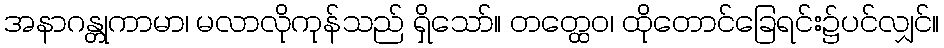
အနာဂန္တုကာမာ၊ မလာလိုကုန်သည် ရှိသော်။ တတ္ထေဝ၊ ထိုတောင်ခြေရင်း၌ပင်လျှင်။